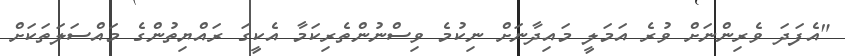
"އެފަދަ ވެރިންނަށް ވުރެ އަމަލީ މައިދާނަށް ނިކުމެ ވިސްނުންތެރިކަމާ އެކީގަ ރައްޔިތުންގެ މައްސަލަތަކަށް